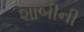
શાબીની